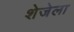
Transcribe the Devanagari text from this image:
शेजेला